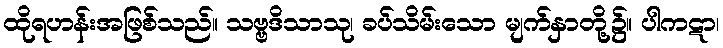
ထိုရဟန်းအဖြစ်သည်။ သဗ္ဗဒိသာသု၊ ခပ်သိမ်းသော မျက်နှာတို့၌။ ပါကဋာ၊